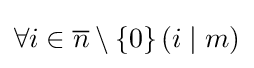
\forall i\in {\overline {n}}\setminus \left\{0\right\}\left(i\mid m\right)